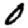
Digit: 0